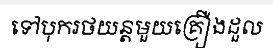
ទៅបុករថយន្តមួយគ្រឿងដួល